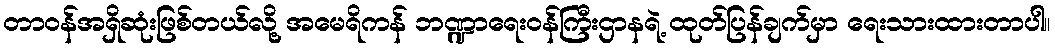
တာဝန်အရှိဆုံးဖြစ်တယ်လို့ အမေရိကန် ဘဏ္ဍာရေးဝန်ကြီးဌာနရဲ့ ထုတ်ပြန်ချက်မှာ ရေးသားထားတာပါ။